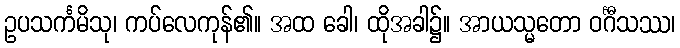
ဥပသင်္ကမိသု၊ ကပ်လေကုန်၏။ အထ ခေါ၊ ထိုအခါ၌။ အာယသ္မတော ဝင်္ဂီသဿ၊